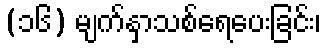
(၁၆) မျက်နှာသစ်ရေပေးခြင်း၊